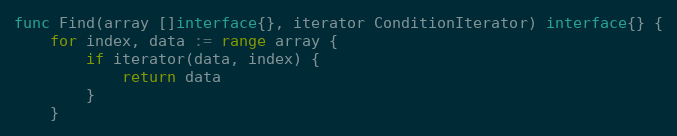
Language: Go
func Find(array []interface{}, iterator ConditionIterator) interface{} {
	for index, data := range array {
		if iterator(data, index) {
			return data
		}
	}